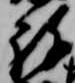
祢